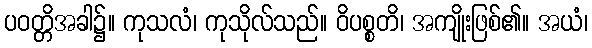
ပဝတ္တိအခါ၌။ ကုသလံ၊ ကုသိုလ်သည်။ ဝိပစ္စတိ၊ အကျိုးဖြစ်၏။ အယံ၊